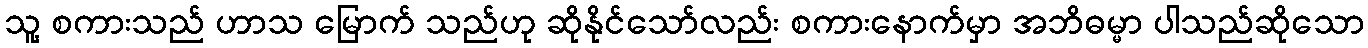
သူ့ စကားသည် ဟာသ မြောက် သည်ဟု ဆိုနိုင်သော်လည်း စကားနောက်မှာ အဘိဓမ္မာ ပါသည်ဆိုသော